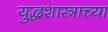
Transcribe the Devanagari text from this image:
युद्धशास्त्राच्या